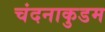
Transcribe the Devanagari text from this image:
चंदनाकुडम